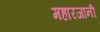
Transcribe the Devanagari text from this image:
महारजानी